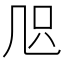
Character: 𠙂